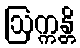
ဩက္ကန္တိ